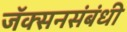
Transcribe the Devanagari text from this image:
जॅक्सनसंबंधी